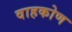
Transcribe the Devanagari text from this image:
वाहकोण